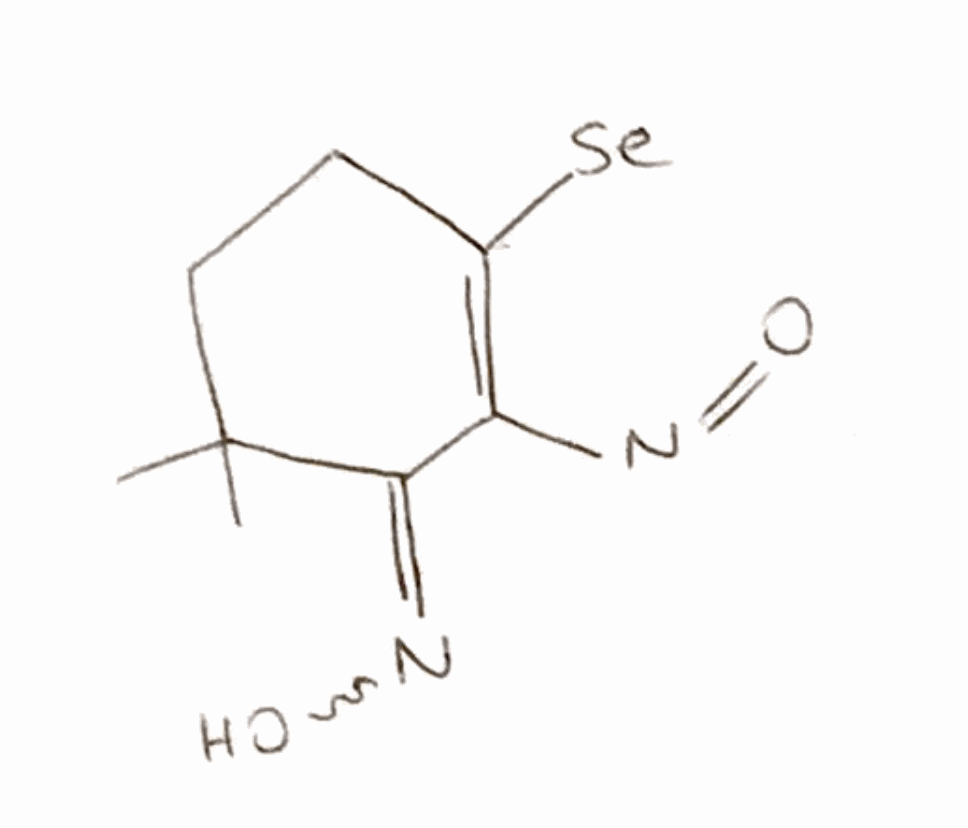
Simplified molecular-input line-entry system (SMILES) notation of the given molecule:
CC\1(CCC(=C(/C1=N\O)N=O)[Se])C